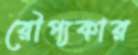
রৌপ্যকার